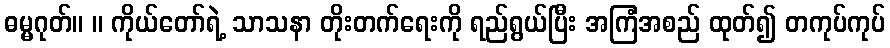
ဓမ္မဂုတ်။ ။ ကိုယ်တော်ရဲ့ သာသနာ တိုးတက်ရေးကို ရည်ရွယ်ပြီး အကြံအစည် ထုတ်၍ တကုပ်ကုပ်